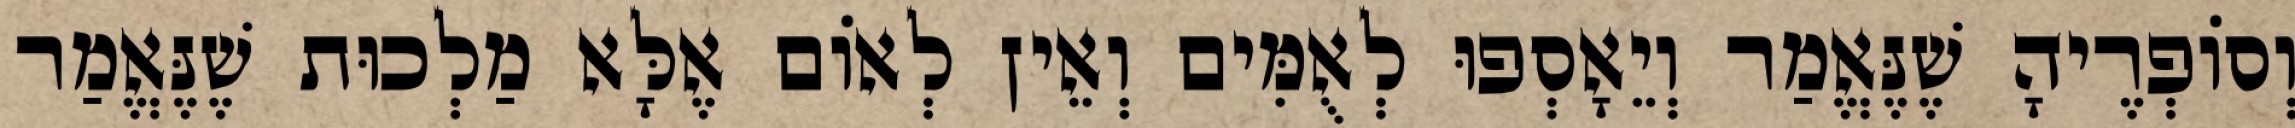
וְסוֹפְרֶיהָ שֶׁנֶּאֱמַר וְיֵאָסְפוּ לְאֻמִּים וְאֵין לְאוֹם אֶלָּא מַלְכוּת שֶׁנֶּאֱמַר